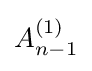
A_{n-1}^{(1)}